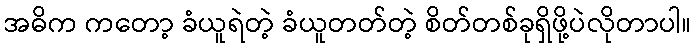
အဓိက ကတော့ ခံယူရဲတဲ့ ခံယူတတ်တဲ့ စိတ်တစ်ခုရှိဖို့ပဲလိုတာပါ။